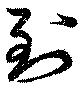
到